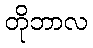
တိုဘာလ